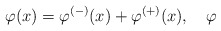
\begin{align*}\varphi (x)=\varphi ^{(-)}(x)+\varphi ^{(+)}(x),\quad \varphi\end{align*}